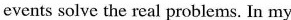
events solve the real problems. In my